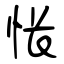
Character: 怅